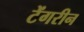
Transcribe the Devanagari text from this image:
टेंगरीन